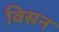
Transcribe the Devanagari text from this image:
विसन